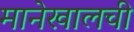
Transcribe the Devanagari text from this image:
मानेखालची